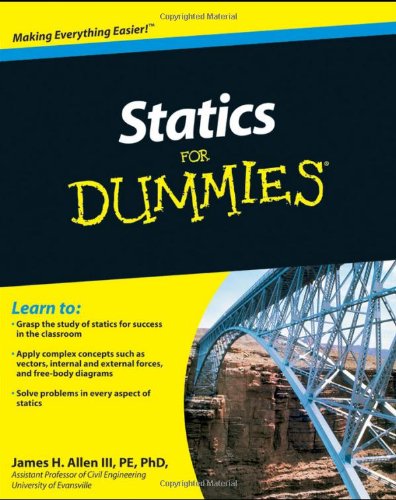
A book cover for Statics For Dummies; James H. Allen III; Science & Math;